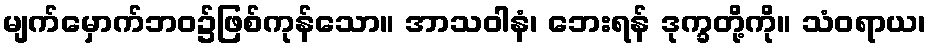
မျက်မှောက်ဘဝ၌ဖြစ်ကုန်သော။ အာသဝါနံ၊ ဘေးရန် ဒုက္ခတို့ကို။ သံဝရာယ၊